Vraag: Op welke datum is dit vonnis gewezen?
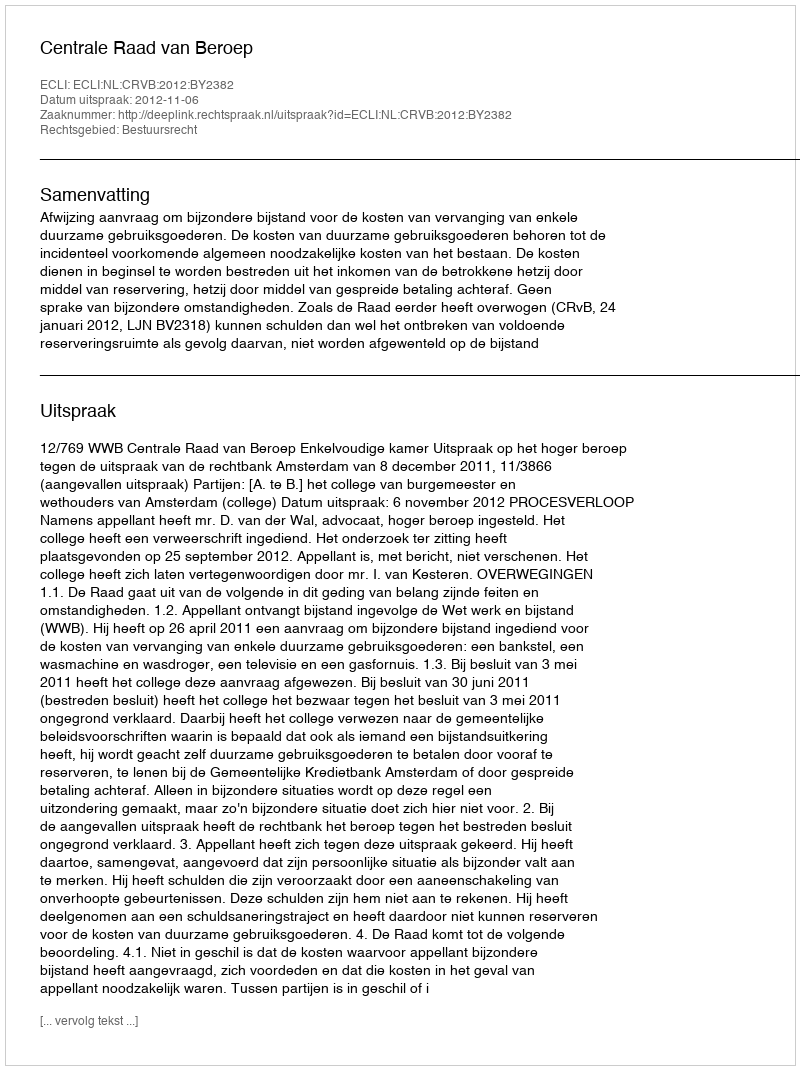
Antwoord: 2012-11-06